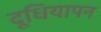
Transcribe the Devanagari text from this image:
दूधियापन